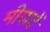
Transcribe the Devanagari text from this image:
मीयादें